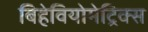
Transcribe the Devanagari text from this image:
बिहेवियोमेट्रिक्स